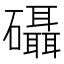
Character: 𮁖